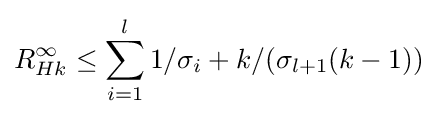
R_{Hk}^{\infty }\leq \sum _{i=1}^{l}1/\sigma _{i}+k/(\sigma _{l+1}(k-1))